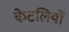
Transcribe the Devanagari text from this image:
केटलियों